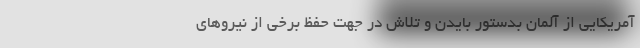
آمریکایی از آلمان بدستور بایدن و تلاش در جهت حفظ برخی از نیروهای